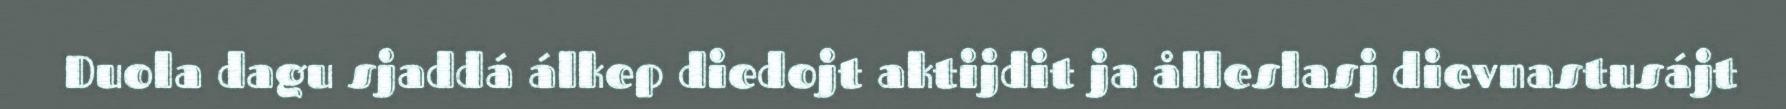
Duola dagu sjaddá álkep diedojt aktijdit ja ålleslasj dievnastusájt